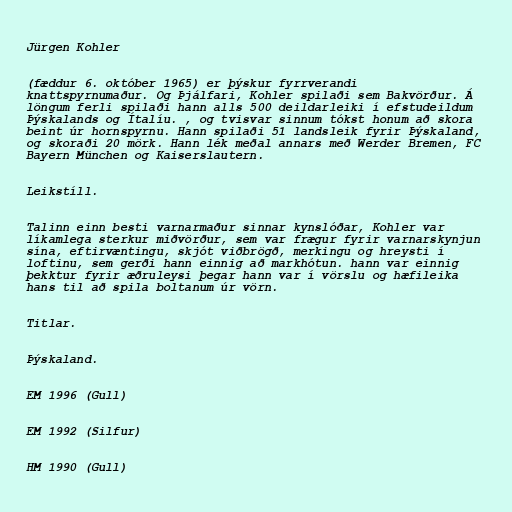
Jürgen Kohler

(fæddur 6. október 1965) er þýskur fyrrverandi
knattspyrnumaður. Og Þjálfari, Kohler spilaði sem Bakvörður. Á
löngum ferli spilaði hann alls 500 deildarleiki í efstudeildum
Þýskalands og Ítalíu. , og tvisvar sinnum tókst honum að skora
beint úr hornspyrnu. Hann spilaði 51 landsleik fyrir Þýskaland,
og skoraði 20 mörk. Hann lék meðal annars með Werder Bremen, FC
Bayern München og Kaiserslautern.

Leikstíll.

Talinn einn besti varnarmaður sinnar kynslóðar, Kohler var
líkamlega sterkur miðvörður, sem var frægur fyrir varnarskynjun
sína, eftirvæntingu, skjót viðbrögð, merkingu og hreysti í
loftinu, sem gerði hann einnig að markhótun. hann var einnig
þekktur fyrir æðruleysi þegar hann var í vörslu og hæfileika
hans til að spila boltanum úr vörn.

Titlar.

Þýskaland.

EM 1996 (Gull)

EM 1992 (Silfur)

HM 1990 (Gull)